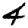
Digit: 4